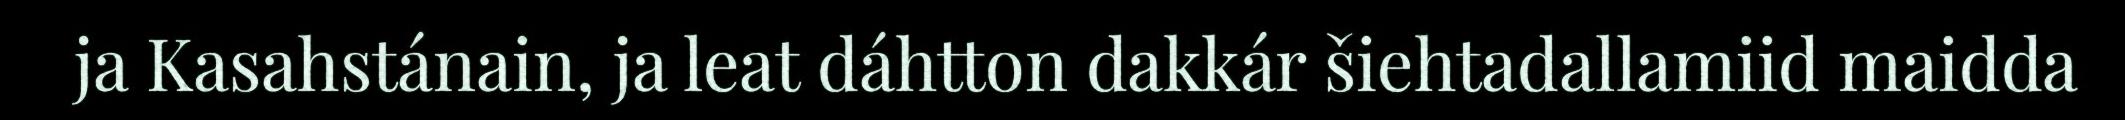
ja Kasahstánain, ja leat dáhtton dakkár šiehtadallamiid maidda